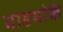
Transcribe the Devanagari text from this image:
भाडभोके